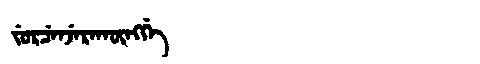
Manchu: ᠵᡠᡵᠴᡝᠨᠵᡝᡵᠠᡴᡡᠩᡤᡝ
Romanization: JURCENJERAKŪNGGE